Scottish Certificate of Education, 1962
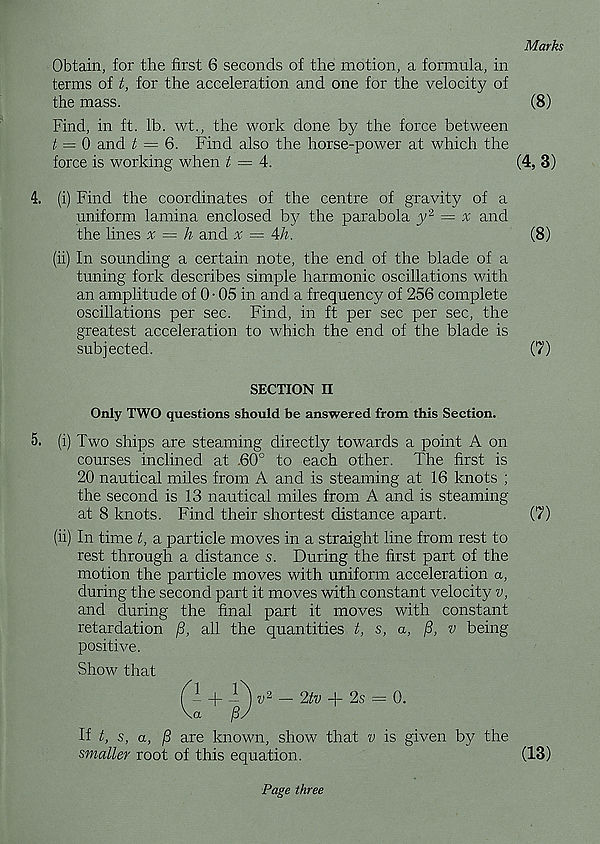
Marks
Obtain, for the first 6 seconds of the motion, a formula, in
terms of t, for the acceleration and one for the velocity of
the mass.
(8)
Find, in ft. lb. wt., the work done by the force between
t = 0 and t = 6. Find also the horse-power at which the
force is working when t — 4.
(4, 3)
4. (i) Find the coordinates of the centre of gravity of a
uniform lamina enclosed by the parabola y 2 = v and
the lines x — h and v = 4/r
(8)
(ii) In sounding a certain note, the end of the blade of a
tuning fork describes simple harmonic oscillations with
an amplitude of 0- 05 in and a frequency of 256 complete
oscillations per sec. Find, in ft per sec per sec, the
greatest acceleration to which the end of the blade is
subjected.
(7)
SECTION II
Only TWO questions should be answered from this Section.
5. (i) Two ships are steaming directly towards a point A on
courses inclined at .60° to each other. The first is
20 nautical miles from A and is steaming at 16 knots ;
the second is 13 nautical miles from A and is steaming
at 8 knots. Find their shortest distance apart.
(7)
(ii) In time t, a particle moves in a straight line from rest to
rest through a distance s. During the first part of the
motion the particle moves with uniform acceleration a,
during the second part it moves with constant velocity v,
and during the final part it moves with constant
retardation /3, all the quantities t, s, a, f3, v being
positive.
Show that
Q: + _T)
_ 2tv + 2s = 0.
If t, s, a, [3 are known, show that v is given by the
smaller root of this equation.
(13)
Page three